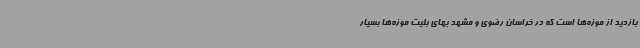
بازدید از موزه‌ها است که در خراسان رضوی و مشهد بهای بلیت موزه‌ها بسیار